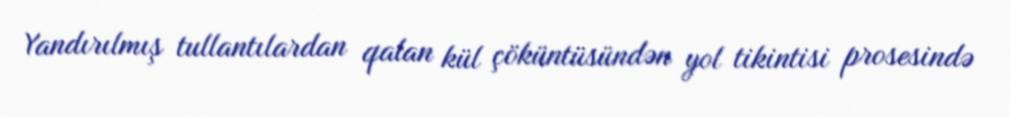
Yandırılmış tullantılardan qalan kül çöküntüsündən yol tikintisi prosesində